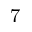
^ \mathrm { 7 }